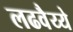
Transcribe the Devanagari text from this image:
लढवैय्ये